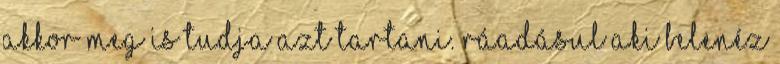
akkor meg is tudja azt tartani. Ráadásul aki belenéz